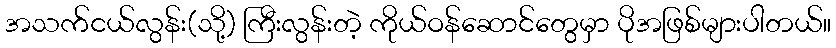
အသက်ငယ်လွန်း(သို့) ကြီးလွန်းတဲ့ ကိုယ်ဝန်ဆောင်တွေမှာ ပိုအဖြစ်များပါတယ်။